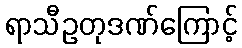
ရာသီဥတုဒဏ်ကြောင့်